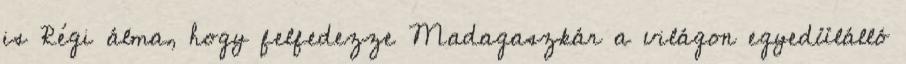
is Régi álma, hogy felfedezze Madagaszkár a világon egyedülálló